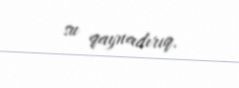
su qaynadırıq.